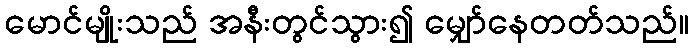
မောင်မျိုးသည် အနီးတွင်သွား၍ မျှော်နေတတ်သည်။